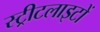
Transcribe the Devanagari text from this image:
स्‍ट्रीटलाइटों